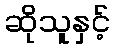
ဆိုသူနှင့်